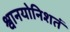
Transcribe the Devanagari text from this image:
श्वानयोनिशतं